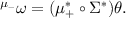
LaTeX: { } ^ { \mu _ { - } } \omega = ( \mu _ { + } ^ { * } \circ \Sigma ^ { * } ) \theta .